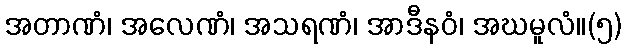
အတာဏံ၊ အလေဏံ၊ အသရဏံ၊ အာဒီနဝံ၊ အဃမူလံ။(၅)